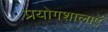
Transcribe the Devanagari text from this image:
प्रयोगशालाऍं